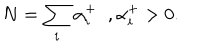
N = \sum _ { i } \alpha _ { i } ^ { + } \; \; , \alpha _ { i } ^ { + } > 0 .